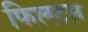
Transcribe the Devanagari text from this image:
फिलटस